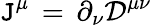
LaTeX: \mathtt{J}^{\mu}\, =\, \partial_{\nu}{\mathcal{{D}}}^{\mu\nu}